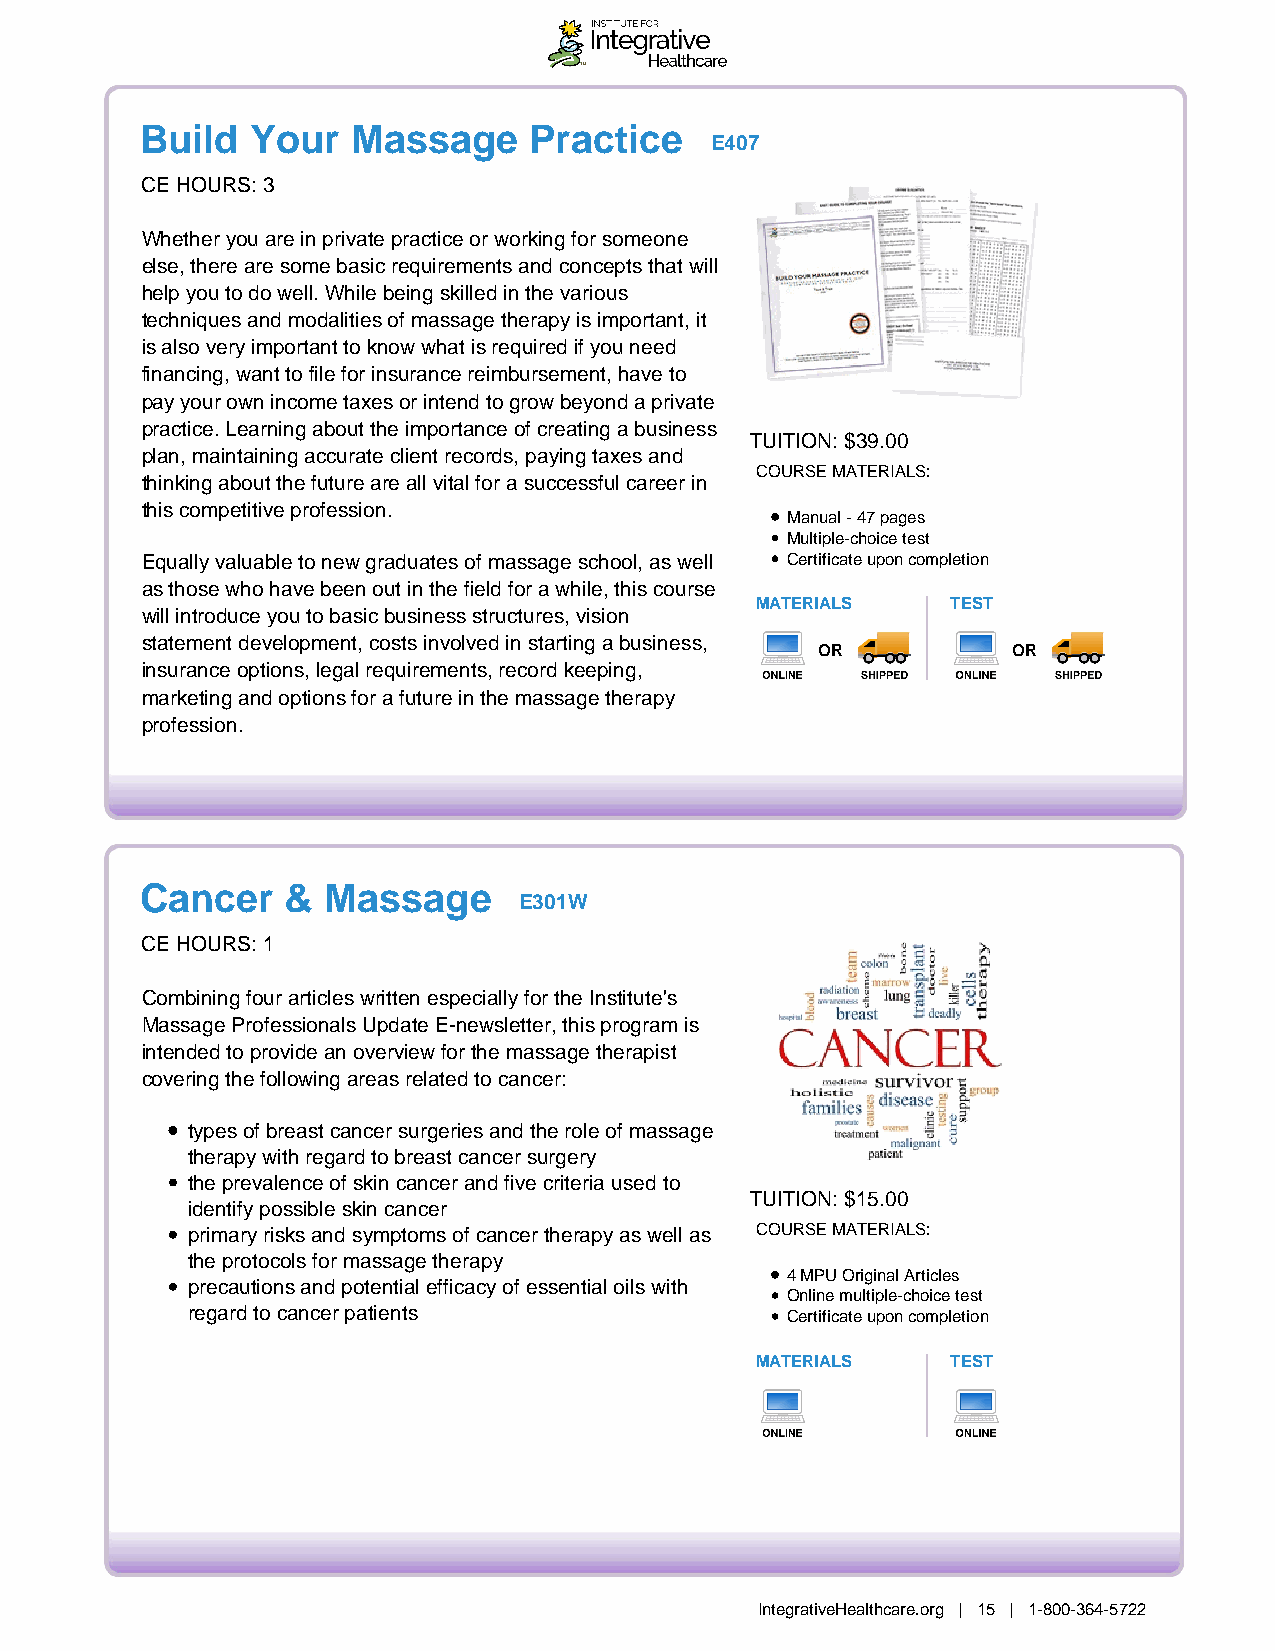
Build   Your  Massage     Practice
 E407
 CE HOURS: 3
 Whether you are in private practice or working for someone
 else, there are some basic requirements and concepts that will
 help you to do well. While being skilled in the various
 techniques and modalities of massage therapy is important, it
 is also very important to know what is required if you need
 financing, want to file for insurance reimbursement, have to
 pay your own income taxes or intend to grow beyond a private
 practice. Learning about the importance of creating a business
 TUITION: $39.00
 plan, maintaining accurate client records, paying taxes and
 COURSE MATERIALS:
 thinking about the future are all vital for a successful career in
 this competitive profession.
 Manual - 47 pages
 Multiple-choice test
 Equally valuable to new graduates of massage school, as well Certificate upon completion
 as those who have been out in the field for a while, this course
 MATERIALS    TEST
 will introduce you to basic business structures, vision
 statement development, costs involved in starting a business,
 OR           OR
 insurance options, legal requirements, record keeping,
 marketing and options for a future in the massage therapy
 profession.
 Cancer    & Massage
 E301W
 CE HOURS: 1
 Combining four articles written especially for the Institute's
 Massage Professionals Update E-newsletter, this program is
 intended to provide an overview for the massage therapist
 covering the following areas related to cancer:
 types of breast cancer surgeries and the role of massage
 therapy with regard to breast cancer surgery
 the prevalence of skin cancer and five criteria used to
 TUITION: $15.00
 identify possible skin cancer
 primary risks and symptoms of cancer therapy as well as COURSE MATERIALS:
 the protocols for massage therapy
 4 MPU Original Articles
 precautions and potential efficacy of essential oils with
 Online multiple-choice test
 regard to cancer patients               Certificate upon completion
 MATERIALS    TEST
 IntegrativeHealthcare.org | 15 | 1-800-364-5722